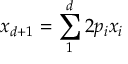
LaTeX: x _ { d + 1 } = \sum _ { 1 } ^ { d } 2 p _ { i } x _ { i }